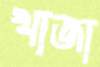
খাজা